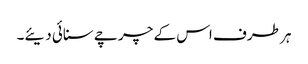
ہر طرف اس کے چرچے سنائی دیئے۔